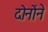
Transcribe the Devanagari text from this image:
दोनोंने